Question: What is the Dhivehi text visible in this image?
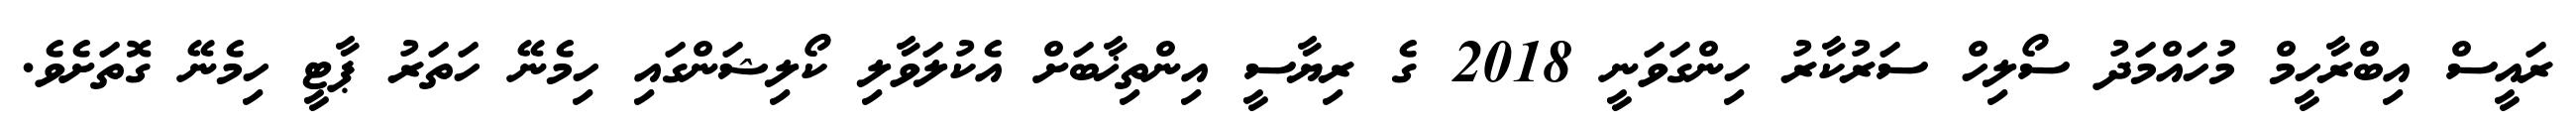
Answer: ރައީސް އިބްރާހީމް މުހައްމަދު ސޯލިހް ސަރުކާރު ހިންގަވަނީ 2018 ގެ ރިޔާސީ އިންތިޚާބަށް އެކުލަވާލި ކޯލިޝަންގައި ހިމެނޭ ހަތަރު ޕާޓީ ހިމެނޭ ގޮތަށެވެ.